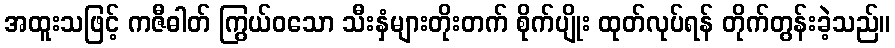
အထူးသဖြင့် ကဇီဓါတ် ကြွယ်ဝသော သီးနှံများတိုးတက် စိုက်ပျိုး ထုတ်လုပ်ရန် တိုက်တွန်းခဲ့သည်။